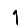
Digit: 1